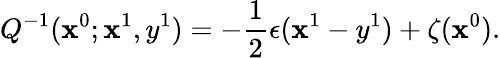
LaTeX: Q^{-1}(\mathbf{x}^{0};\mathbf{x}^{1},y^{1})=-\frac{{1}}{{2}}\epsilon(\mathbf{x}^{1}-y^{1})+\zeta(\mathbf{x}^{0}).